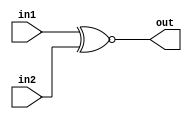
module xnor2 (in1,in2,out);
input in1,in2;
output out;
assign out = in1 ~^ in2;
endmodule